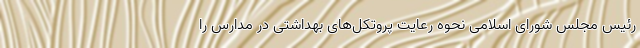
رئیس مجلس شورای اسلامی نحوه رعایت پروتکل‌های بهداشتی در مدارس را